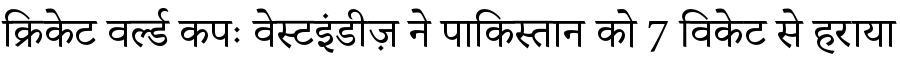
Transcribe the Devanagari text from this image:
क्रिकेट वर्ल्ड कपः वेस्टइंडीज़ ने पाकिस्तान को 7 विकेट से हराया